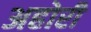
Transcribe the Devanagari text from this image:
अहोरी